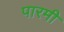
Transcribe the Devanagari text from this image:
पारमी